Plague in India, 1896, 1897 - Volume 2
Year: 1896
Disease focus: Plague
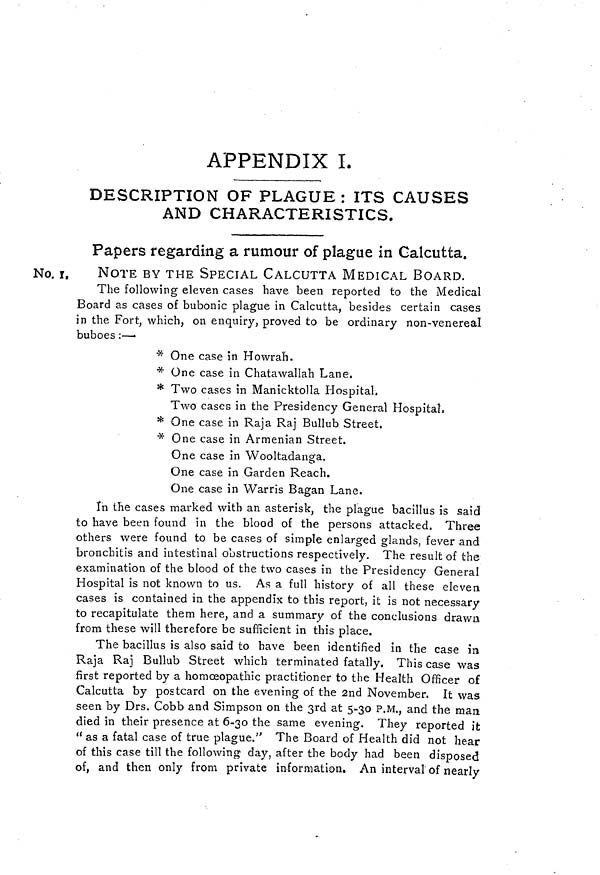
APPENDIX I.
DESCRIPTION OF PLAGUE : ITS CAUSES
AND CHARACTERISTICS.
Papers regarding a rumour of plague in Calcutta.
No. 1.
NOTE BY THE SPECIAL CALCUTTA MEDICAL BOARD.
The following eleven cases have been reported to the Medical
Board as cases of bubonic plague in Calcutta, besides certain cases
in the Fort, which, on enquiry, proved to be ordinary non-venereal
buboes :—
* One case in Howrah.
* One case in Chatawallah Lane.
* Two cases in Manicktolla Hospital,
Two cases in the Presidency General Hospital.
* One case in Raja Raj Bullub Street.
* One case in Armenian Street.
One case in Wooltadanga.
One case in Garden Reach.
One case in Warns Bagan Lane.
In the cases marked with an asterisk, the plague bacillus is said
to have been found in the blood of the persons attacked. Three
others were found to be cases of simple enlarged glands, fever and
bronchitis and intestinal obstructions respectively. The result of the
examination of the blood of the two cases in the Presidency General
Hospital is not known to us. As a full history of all these eleven
cases is contained in the appendix to this report, it is not necessary
to recapitulate them here, and a summary of the conclusions drawn
from these will therefore be sufficient in this place.
The bacillus is also said to have been identified in the case in
Raja Raj Bullub Street which terminated fatally. This case was
first reported by a homoeopathic practitioner to the Health Officer of
Calcutta by postcard on the evening of the 2nd November. It was
seen by Drs. Cobb and Simpson on the 3rd at 5-30 P.M., and the man
died in their presence at 6-30 the same evening. They reported it
" as a fatal case of true plague." The Board of Health did not hear
of this case till the following day, after the body had been disposed
of, and then only from private information. An interval of nearly